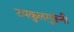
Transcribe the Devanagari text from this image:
उपकुलगुरूंनी